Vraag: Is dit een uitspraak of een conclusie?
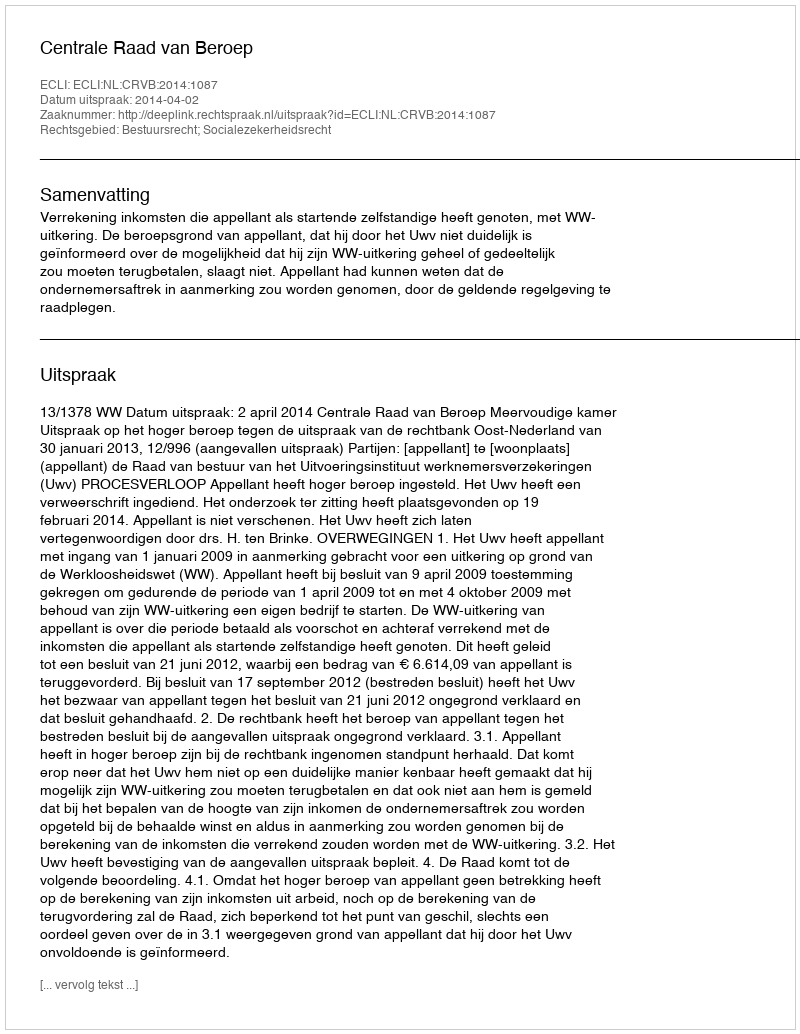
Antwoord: Uitspraak